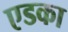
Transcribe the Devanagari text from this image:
एडका